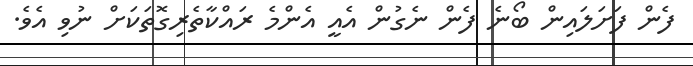
ފެން ފަށަލައިން ބޯނެ ފެން ނެގުން އެއީ އެންމެ ރައްކާތެރިގޮތަކަށް ނުވި އެވެ.